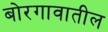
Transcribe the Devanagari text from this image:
बोरगावातील